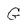
Character: G